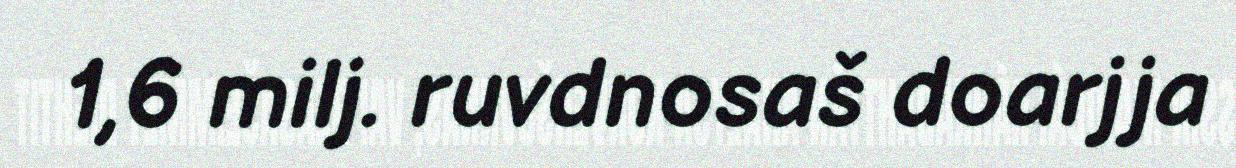
1,6 milj. ruvdnosaš doarjja